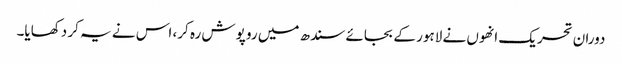
دوران تحریک انھوں نے لاہور کے بجائے سندھ میں رو پوش رہ کر، اس نے یہ کر دکھایا۔